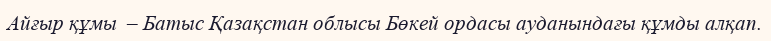
Айғыр құмы  – Батыс Қазақстан облысы Бөкей ордасы ауданындағы құмды алқап.